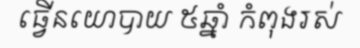
ធ្វើនយោបាយ ៥ឆ្នាំ កំពុងរស់